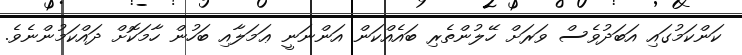
ކަންކަމުގައި އަބަދުވެސް ވަރަށް ހޭލުންތެރި ބައެއްކަން އަންނަނީ ޢަމަލާއި ބަހުން ހާމަކޮށް ދައްކަމުންނެވެ.